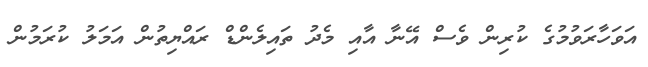
އަވަހާރަވުމުގެ ކުރިން ވެސް އޭނާ އާއި މެދު ތައިލެންޑް ރައްޔިތުން އަމަލު ކުރަމުން